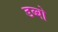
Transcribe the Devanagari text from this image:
डब्बो